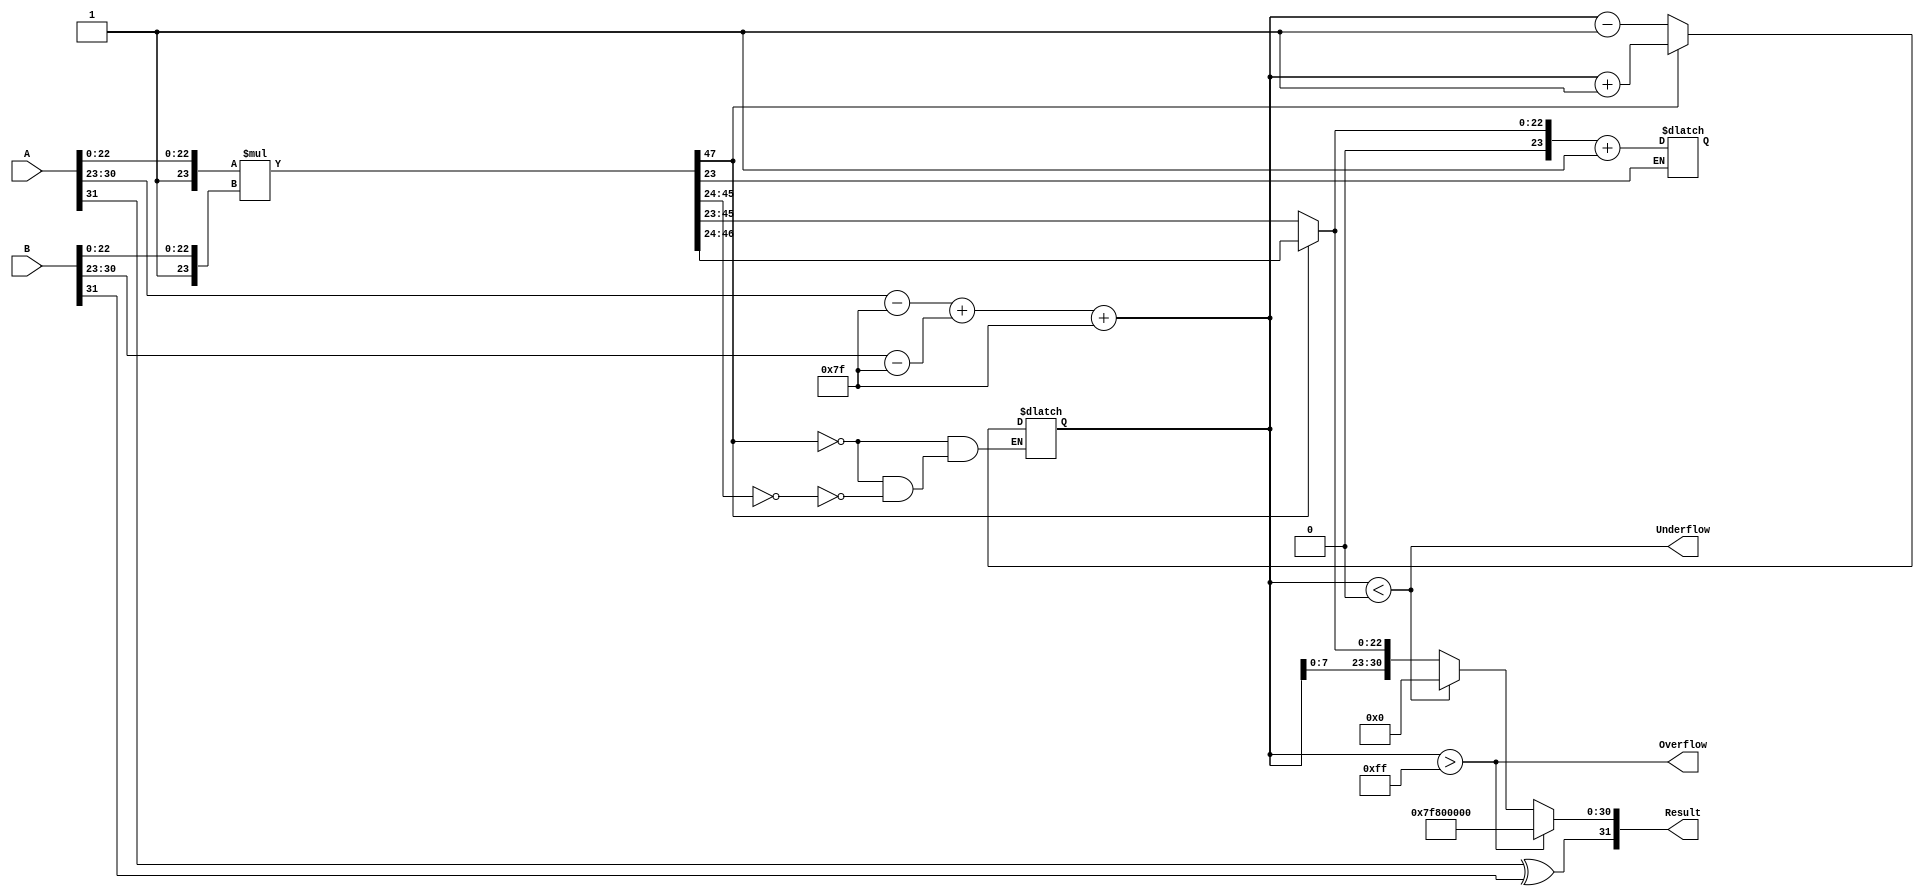
module floating_point_multiplier (
    input  wire [31:0] A,        // First floating-point number
    input  wire [31:0] B,        // Second floating-point number
    output reg  [31:0] Result,    // Result of multiplication
    output reg         Overflow,   // Overflow flag
    output reg         Underflow    // Underflow flag
);

    // Constants
    localparam BIAS = 8'd127;
    localparam EXPONENT_MAX = 8'd255;
    localparam EXPONENT_MIN = 8'd0;

    // Intermediate signals
    wire sign_a, sign_b, sign_result;
    wire [7:0] exp_a, exp_b, exp_result;
    wire [23:0] mant_a, mant_b, mant_result;
    wire [47:0] mant_mult; // 24 + 24 bits for multiplication
    reg [8:0] exp_temp; // Temporary exponent for overflow/underflow checking

    // Extract sign, exponent, and mantissa
    assign sign_a = A[31];
    assign sign_b = B[31];
    assign exp_a = A[30:23];
    assign exp_b = B[30:23];
    assign mant_a = {1'b1, A[22:0]}; // Implicit leading 1
    assign mant_b = {1'b1, B[22:0]}; // Implicit leading 1

    // Multiply mantissas
    assign mant_mult = mant_a * mant_b;

    // Calculate the resultant exponent
    always @(*) begin
        exp_temp = (exp_a - BIAS) + (exp_b - BIAS) + BIAS;
        exp_result = exp_temp[7:0]; // Keep only the lower 8 bits
        sign_result = sign_a ^ sign_b; // XOR for sign
    end

    // Normalize the mantissa and adjust exponent
    always @(*) begin
        if (mant_mult[47]) begin // If the result is greater than or equal to 2
            mant_result = mant_mult[46:24]; // Shift right
            exp_temp = exp_temp + 1; // Increment exponent
        end else begin
            mant_result = mant_mult[45:23]; // Keep the lower 24 bits
            if (mant_mult[45:24] == 0) begin // If mantissa is less than 1
                exp_temp = exp_temp - 1; // Decrement exponent
            end
        end
    end

    // Rounding (round to nearest even)
    always @(*) begin
        if (mant_mult[23]) begin // Check for rounding
            mant_result = mant_result + 1; // Round up
        end
    end

    // Check for overflow and underflow
    always @(*) begin
        Overflow = (exp_temp > EXPONENT_MAX);
        Underflow = (exp_temp < EXPONENT_MIN);
    end

    // Combine results into final output
    always @(*) begin
        if (Overflow) begin
            Result = {sign_result, 8'b11111111, 23'b0}; // Infinity
        end else if (Underflow) begin
            Result = {sign_result, 8'b00000000, 23'b0}; // Zero
        end else begin
            Result = {sign_result, exp_result, mant_result[22:0]}; // Normalized result
        end
    end

endmodule